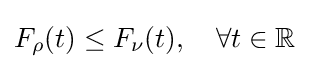
F_{\rho }(t)\leq F_{\nu }(t),\quad \forall t\in \mathbb {R}